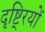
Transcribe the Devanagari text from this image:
दृष्टि्रयों